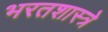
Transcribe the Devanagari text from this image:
भरतशास्त्रे